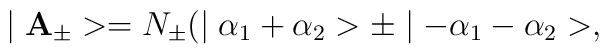
\mid {\bf A}_{\pm}>=N_{\pm} (\mid \alpha_{1}+\alpha_{2}>\pm \mid -\alpha_{1}-\alpha_{2}>,